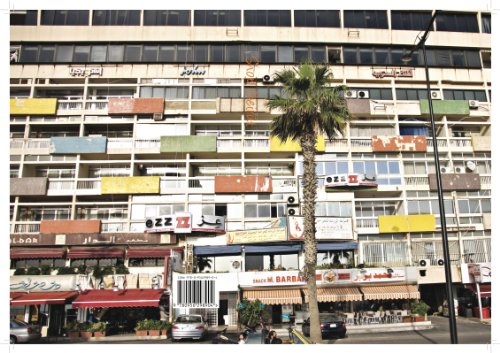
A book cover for Shop Beirut; Marwan Naaman; Travel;